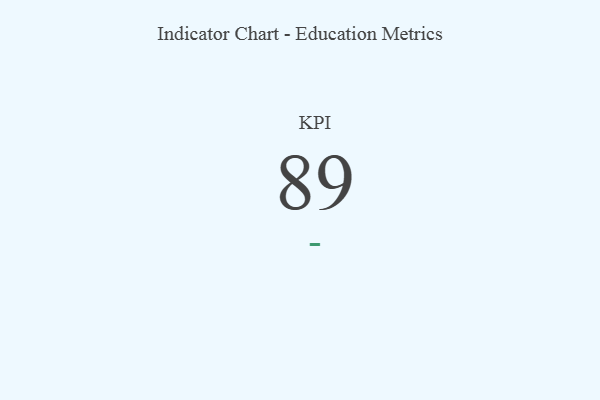
{"axis": {"x": "KPI", "y": "Value"}, "legend": [""], "data": [{"x": "KPI", "y": 89, "type": ""}]}